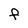
Character: F